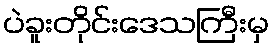
ပဲခူးတိုင်းဒေသကြီးမှ